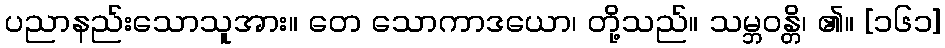
ပညာနည်းသောသူအား။ တေ သောကာဒယော၊ တို့သည်။ သမ္ဘဝန္တိ၊ ၏။ [၁၆၁]